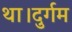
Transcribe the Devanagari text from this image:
था।दुर्गम